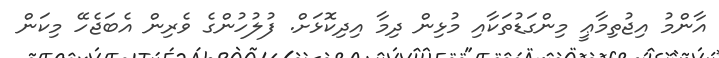
އާންމު އިޖުތިމާޢީ މިންގަޑުތަކާއި މުޅިން ދިމާ އިދިކޮޅަށް. ފުލުހުންގެ ވެރިން އެބަޖެހޭ މިކަން